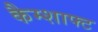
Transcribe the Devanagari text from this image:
कैम्शाफ्ट